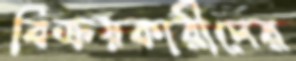
বিক্রয়কারীদের